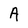
Character: A